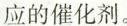
应的催化剂。